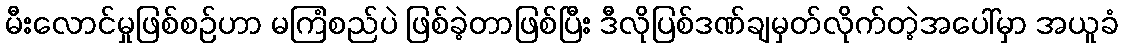
မီးလောင်မှုဖြစ်စဉ်ဟာ မကြံစည်ပဲ ဖြစ်ခဲ့တာဖြစ်ပြီး ဒီလိုပြစ်ဒဏ်ချမှတ်လိုက်တဲ့အပေါ်မှာ အယူခံ